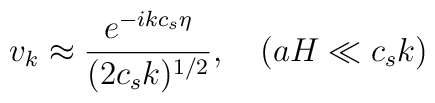
v_{k}\approx {\frac{e^{-ikc_{s}\eta }}{(2c_{s}k)^{1/2}}},\quad (aH\ll c_{s}k)